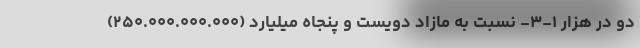
دو در هزار ۱-۳- نسبت به مازاد دویست و پنجاه میلیارد (۲۵۰.۰۰۰.۰۰۰.۰۰۰)